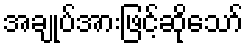
အချုပ်အားဖြင့်ဆိုသော်